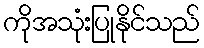
ကိုအသုံးပြုနိုင်သည်